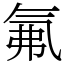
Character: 氟